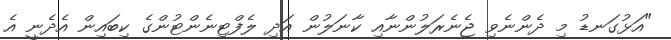
"އަޅުގަނޑު މި ދެންނެވި ޖެނެރަލުންނާއި ކާނަލުން އަދި ލެފްޓިނެންޓުންގެ ކިބައިން އެދެނީ އެ